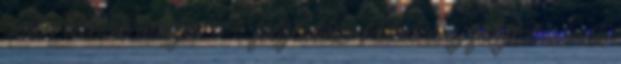
címen létezik utódja. 0 – folytatás A kiadvány folytatásának